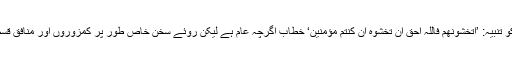
کمزور قسم کے مسلمانوں کو تنبیہ: ’اَتَخْشَوْنَھُمْ فَاللّٰہُ اَحَقُّ اَنْ تَخْشَوْہُ اِنْ کُنْتُمْ مُّؤْمِنِیْنَ‘ خطاب اگرچہ عام ہے لیکن روئے سخن خاص طور پر کمزوروں اور منافق قسم کے لوگوں کی طرف ہے۔